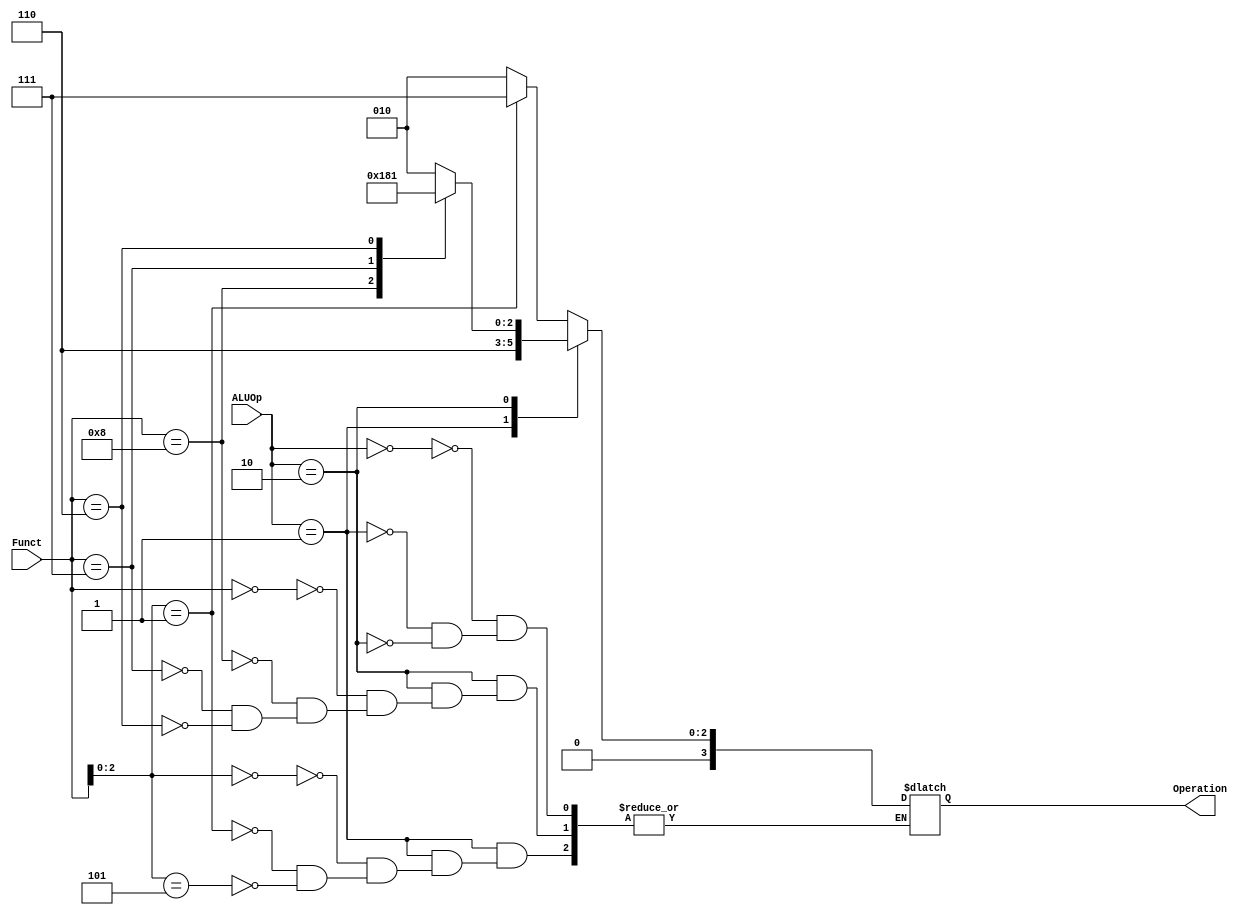
module Alu_control(
input [1:0] ALUOp,
input [3:0] Funct,
output reg [3:0] Operation
);
        always @ (*)
            begin
            case(ALUOp)
                2'b00: //slli check
                begin
                case({Funct[2:0]})
                    3'b001: 
                    begin
                    Operation= 4'b0111;  //Slli
                    end
                    default:
                    begin
                    Operation= 4'b0010; //Add
                    end
                 endcase
                 end
               2'b01: //branch check 
                  begin
                   case ({Funct[2:0]})
                   3'b000:
                       begin
                       Operation= 4'b0110; //BEQ
                       end
                   3'b001:
                       begin
                       Operation = 4'b0110; //BNE
                       end
                   3'b101:
                       begin
                       Operation=4'b0110; //BGE
                       end
                    endcase
                   end
                    
            2'b10: // direct check of and or add sub
            begin
            case(Funct)
                4'b0000: 
                    begin
                    Operation = 4'b0010; //add
                    end
                4'b1000:
                    begin 
                    Operation = 4'b0110; //sub
                    end
                4'b0111: 
                    begin
                    Operation = 4'b0000; //and
                    end
                4'b0110: 
                    begin
                    Operation = 4'b0001; //or
                    end
            endcase
            end
      endcase
   end
endmodule